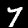
Label: 7